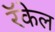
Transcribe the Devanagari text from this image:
रॅकेल